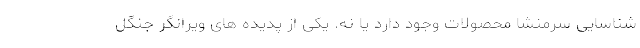
شناسایی سرمنشا محصولات وجود دارد یا نه. یکی از پدیده های ویرانگر جنگل